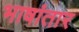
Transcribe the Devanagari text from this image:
भाषांतार